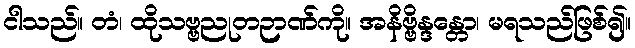
ငါသည်။ တံ၊ ထိုသဗ္ဗညုတဉာဏ်ကို။ အနိဗ္ဗိန္ဒန္တော၊ မရသည်ဖြစ်၍။